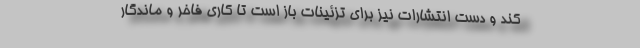
کند و دست انتشارات نیز برای تزئینات باز است تا کاری فاخر و ماندگار